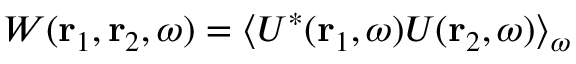
W ( \mathbf { r } _ { 1 } , \mathbf { r } _ { 2 } , \omega ) = \langle U ^ { * } ( \mathbf { r } _ { 1 } , \omega ) U ( \mathbf { r } _ { 2 } , \omega ) \rangle _ { \omega }